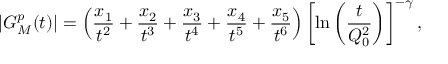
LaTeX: \left| G _ { M } ^ { p } ( t ) \right| = \left( \frac { x _ { 1 } } { t ^ { 2 } } + \frac { x _ { 2 } } { t ^ { 3 } } + \frac { x _ { 3 } } { t ^ { 4 } } + \frac { x _ { 4 } } { t ^ { 5 } } + \frac { x _ { 5 } } { t ^ { 6 } } \right) \left[ \ln \left( \frac { t } { Q _ { 0 } ^ { 2 } } \right) \right] ^ { - \gamma } ,